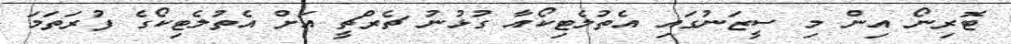
ޓޮރިނޯ އިން މި ސީޒަނުގައި އެތުލެޓިކޯއާ ގުޅުނު ޗެރްޗީ އަށް އެތުލެޓިކޯގެ ފުރަތަމަ